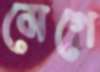
মেগে